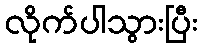
လိုက်ပါသွားပြီး